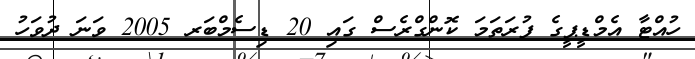
ހުއްޓާ އެމްޑީޕީގެ ފުރަތަމަ ކޮންގްރެސް ގައި 20 ޑިސެމްބަރ 2005 ވަނަ ދުވަހު